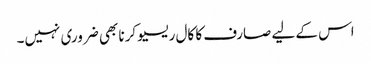
اس کے لیے صارف کا کال ریسیو کرنا بھی ضروری نہیں۔